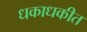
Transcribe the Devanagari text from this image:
धकाधकीत